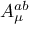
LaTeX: A _ { \mu } ^ { a b }